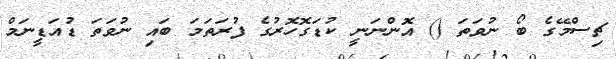
ޗިސްމޭގެ ބޯ ނުވަތަ () އޮންނަނީ ކުޑަގޮހޮރުގެ ފުރަތަމަ ބައި ނުވަތަ ޑުއަޑީނަމް